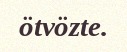
ötvözte.